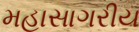
મહાસાગરીય